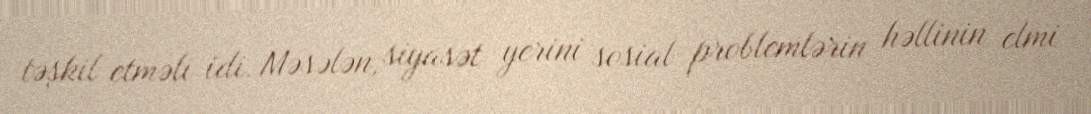
təşkil etməli idi. Məsələn, siyasət yerini sosial problemlərin həllinin elmi